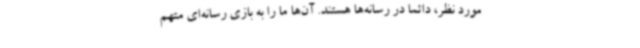
مورد نظر، دائما در رسانه‌ها هستند. آن‌ها ما را به بازی رسانه‌ای متهم